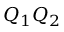
Q _ { 1 } Q _ { 2 }